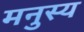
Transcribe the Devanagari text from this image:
मनुस्य